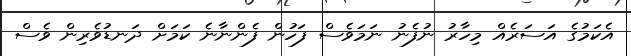
އެކަމުގެ އަސަރެއް މިހާރު ނުފެނު ނަމަވެސް ފަހުން ފެންނާނެ ކަމަށް ދަނޑުވެރިން ވެސް